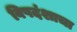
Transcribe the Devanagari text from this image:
विषदंशाचा